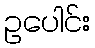
ဥပေါင်း